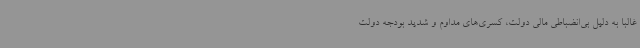
غالباً به دلیل بی‌انضباطی مالی دولت، کسری‌های مداوم و شدید بودجه دولت